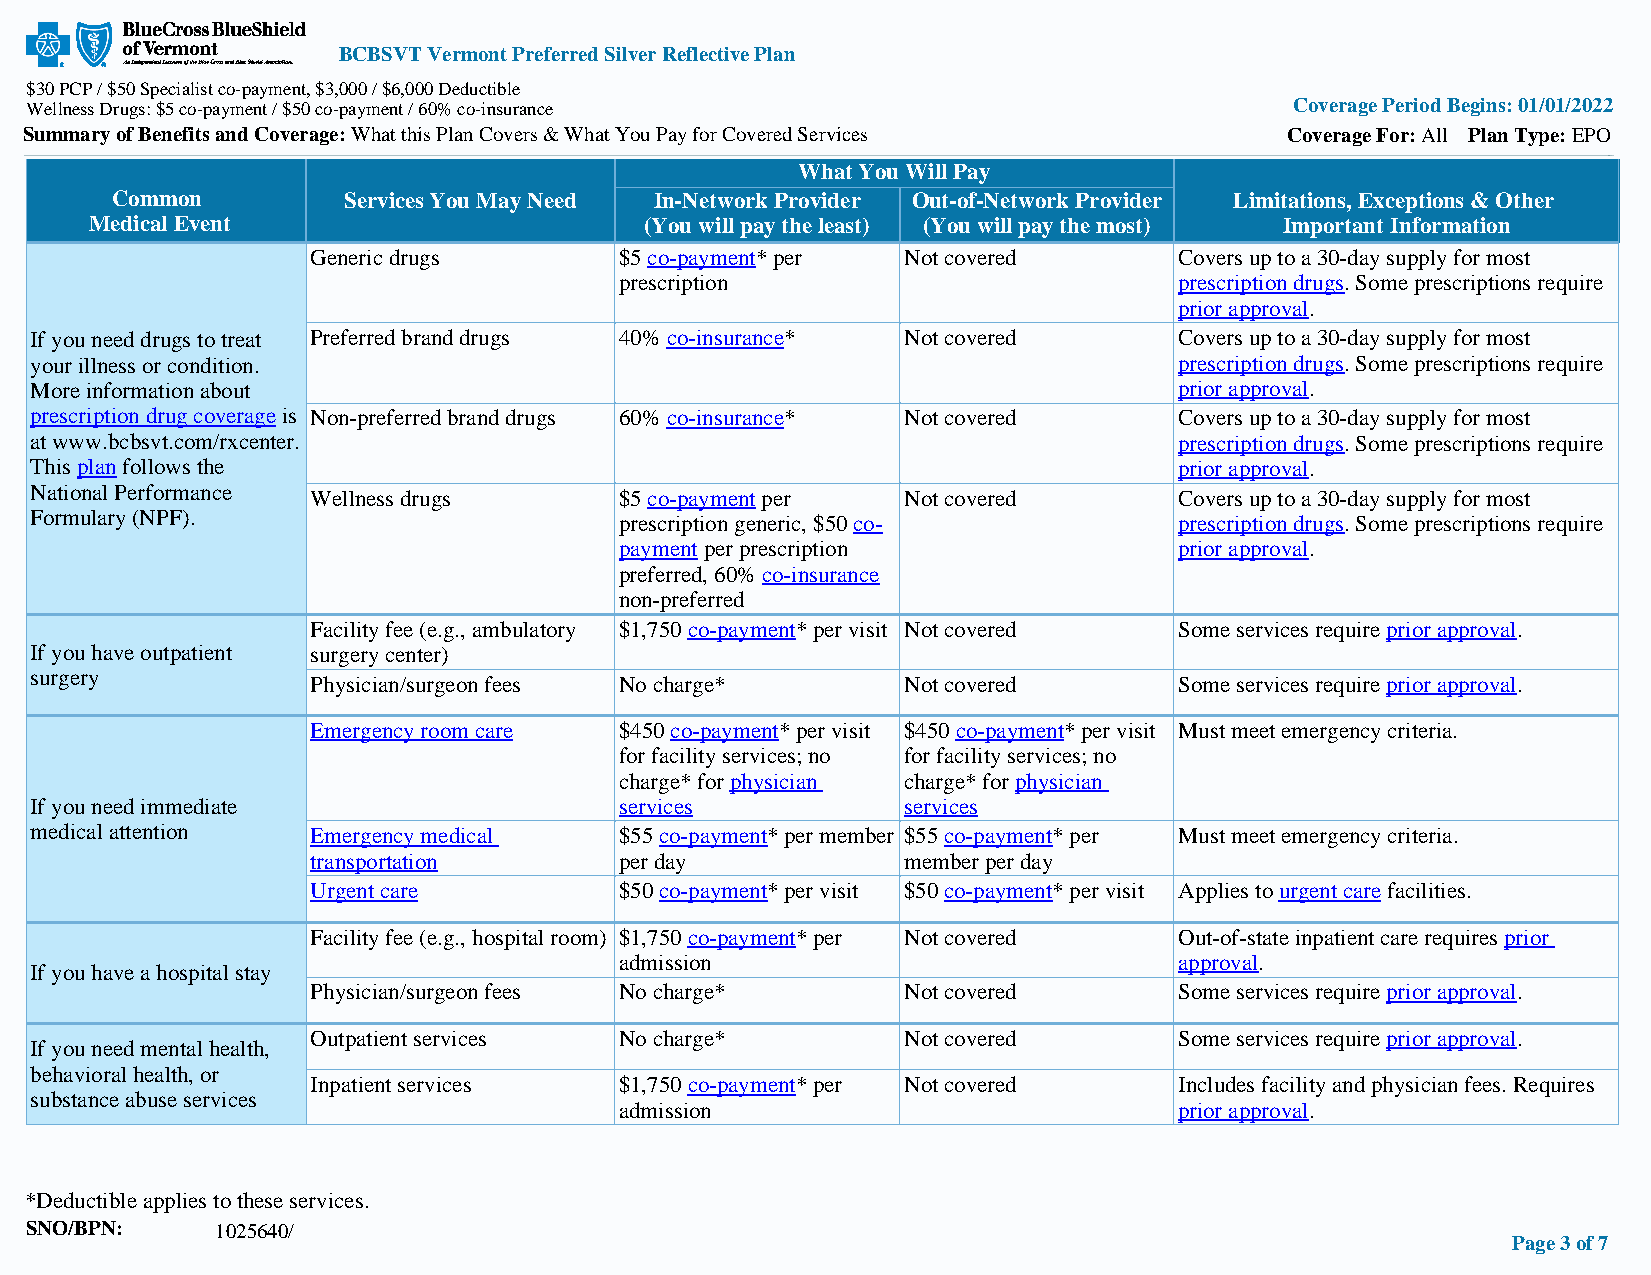
BCBSVT Vermont Preferred Silver Reflective Plan
 $30 PCP / $50 Specialist co-payment, $3,000 / $6,000 Deductible
 Wellness Drugs: $5 co-payment / $50 co-payment / 60% co-insurance                   Coverage Period Begins: 01/01/2022
 Summary of Benefits and Coverage: What this Plan Covers & What You Pay for Covered Services Coverage For: All Plan Type: EPO
 What You Will Pay
 Common          Services You May Need In-Network Provider Out-of-Network Provider Limitations, Exceptions & Other
 Medical Event                        (You will pay the least) (You will pay the most) Important Information
 Generic drugs       $5 co-payment* per Not covered       Covers up to a 30-day supply for most
 prescription                         prescription drugs. Some prescriptions require
 prior approval.
 If you need drugs to treat Preferred brand drugs 40% co-insurance* Not covered Covers up to a 30-day supply for most
 your illness or condition.                                                  prescription drugs. Some prescriptions require
 More information about                                                      prior approval.
 prescription drug coverage is Non-preferred brand drugs 60% co-insurance* Not covered Covers up to a 30-day supply for most
 at www.bcbsvt.com/rxcenter.                                                 prescription drugs. Some prescriptions require
 This plan follows the                                                       prior approval.
 National Performance Wellness drugs    $5 co-payment per  Not covered       Covers up to a 30-day supply for most
 Formulary (NPF).                       prescription generic, $50 co-        prescription drugs. Some prescriptions require
 payment per prescription             prior approval.
 preferred, 60% co-insurance
 non-preferred
 Facility fee (e.g., ambulatory $1,750 co-payment* per visit Not covered Some services require prior approval.
 If you have outpatient surgery center)
 surgery
 Physician/surgeon fees No charge*      Not covered       Some services require prior approval.
 Emergency room care $450 co-payment* per visit $450 co-payment* per visit Must meet emergency criteria.
 for facility services; no for facility services; no
 charge* for physician charge* for physician
 If you need immediate                  services           services
 medical attention  Emergency medical   $55 co-payment* per member $55 co-payment* per Must meet emergency criteria.
 transportation      per day            member per day
 Urgent care         $50 co-payment* per visit $50 co-payment* per visit Applies to urgent care facilities.
 Facility fee (e.g., hospital room) $1,750 co-payment* per Not covered Out-of-state inpatient care requires prior
 admission                            approval.
 If you have a hospital stay
 Physician/surgeon fees No charge*      Not covered       Some services require prior approval.
 Outpatient services No charge*         Not covered       Some services require prior approval.
 If you need mental health,
 behavioral health, or
 Inpatient services  $1,750 co-payment* per Not covered   Includes facility and physician fees. Requires
 substance abuse services
 admission                            prior approval.
 *Deductible applies to these services.
 SNO/BPN:    1025640/
 Page 3 of 7